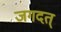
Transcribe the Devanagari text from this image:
जगदत्